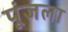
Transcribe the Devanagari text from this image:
पूंजला